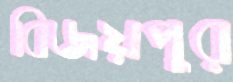
বিজয়পুর